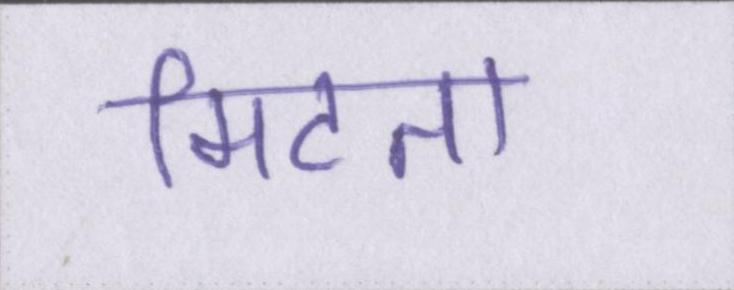
मिटता